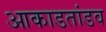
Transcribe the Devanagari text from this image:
आकाडतांडव